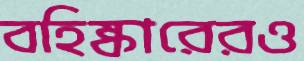
বহিষ্কারেরও